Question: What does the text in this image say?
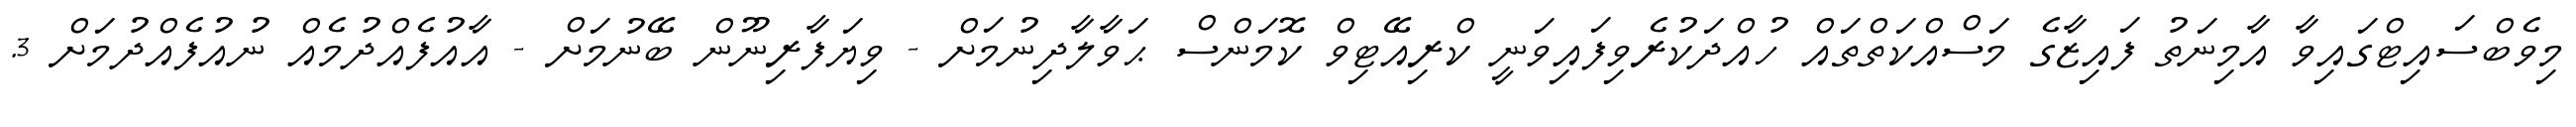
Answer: މިވެބްސައިޓްގައިވާ އާމިނަތު ފައިޒާގެ މަސްއްކަތްތައް ހުއްދަކުރެވިފައިވަނީ ކްރިއޭޓިވް ކޮމަންސް ޙަވާލާދިނުމަށް - ވިޔަފާރިނޫން ބޭނުމަށް - އާއުފެއްދުމެއް ނުއުފެއްދުމަށް 3.